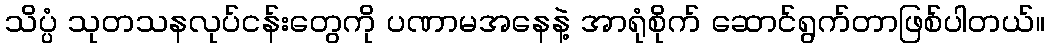
သိပ္ပံ သုတသနလုပ်ငန်းတွေကို ပဏာမအနေနဲ့ အာရုံစိုက် ဆောင်ရွက်တာဖြစ်ပါတယ်။